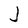
Character: J